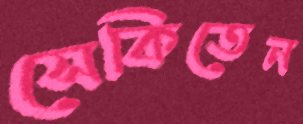
সেকিতেন